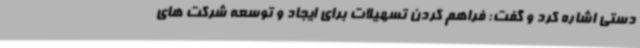
دستی اشاره کرد و گفت: فراهم کردن تسهیلات برای ایجاد و توسعه شرکت های